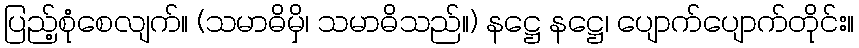
ပြည့်စုံစေလျက်။ (သမာဓိမှိ၊ သမာဓိသည်။) နဋ္ဌေ နဋ္ဌေ၊ ပျောက်ပျောက်တိုင်း။